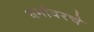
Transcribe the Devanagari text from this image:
धर्मावरचे